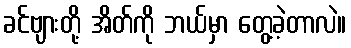
ခင်ဗျားတို့ အိတ်ကို ဘယ်မှာ တွေ့ခဲ့တာလဲ။